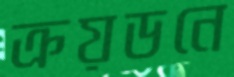
ক্রয়ডনে